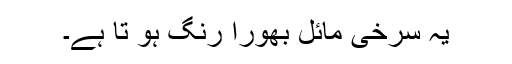
یہ سرخی مائل بھورا رنگ ہو تا ہے۔